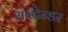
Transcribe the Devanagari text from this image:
सन्टेन्डर